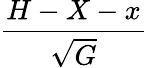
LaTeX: \frac{H-X-x}{\sqrt{G}}